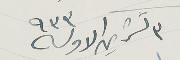
٣ تشرين الاول سنة ٩٣٣